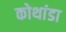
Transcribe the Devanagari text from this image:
कोथांडा